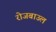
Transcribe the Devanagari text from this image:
रोजबाउल